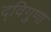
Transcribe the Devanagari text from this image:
द्विगुणा